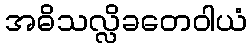
အဓိသလ္လိခတေဝါယံ